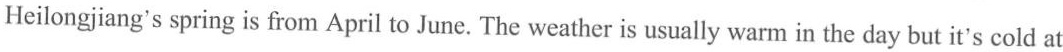
Heilongjiang's spring is from April to June. The weather is usually warm in the day but it's cold at